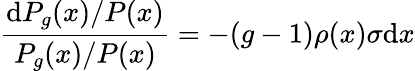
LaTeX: \frac{\mathrm{d}P_{g}(x)/P(x)}{P_{g}(x)/P(x)}=-(g-1)\rho(x)\sigma\mathrm{d}x